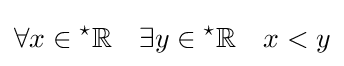
\forall x\in {}^{\star }\mathbb {R} \quad \exists y\in {}^{\star }\mathbb {R} \quad x<y